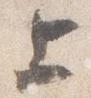
上